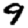
Digit: 9